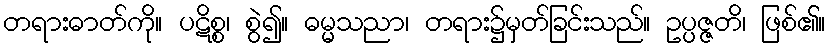
တရားဓာတ်ကို။ ပဋိစ္စ၊ စွဲ၍။ ဓမ္မသညာ၊ တရား၌မှတ်ခြင်းသည်။ ဥပ္ပဇ္ဇတိ၊ ဖြစ်၏။